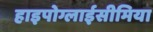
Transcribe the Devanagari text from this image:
हाइपोग्लाईसीमिया